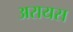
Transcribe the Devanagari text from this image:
अरायस